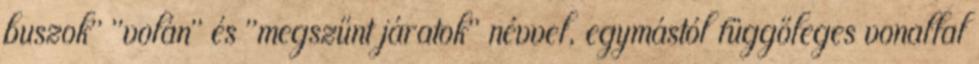
buszok" "volán" és "megszűnt járatok" névvel, egymástól függőleges vonallal